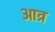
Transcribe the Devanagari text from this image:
आत्र